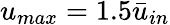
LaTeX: u_{max}=1.5\bar{u}_{in}